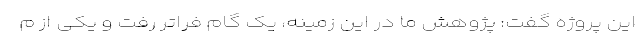
این پروژه گفت: پژوهش ما در این زمینه، یک گام فراتر رفت و یکی از م